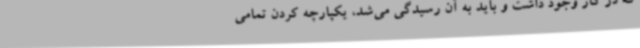
که در کار وجود داشت و باید به آن رسیدگی می‌شد، یکپارچه کردن تمامی